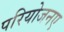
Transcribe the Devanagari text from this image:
परियोजनए